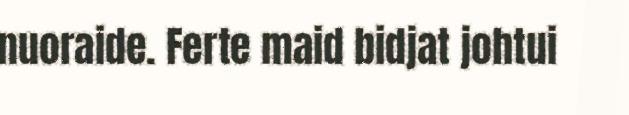
nuoraide. Ferte maid bidjat johtui